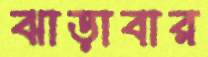
ঝাড়াবার